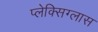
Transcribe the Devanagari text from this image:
प्लेक्सिग्लास